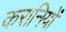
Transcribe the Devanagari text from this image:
करानियों